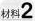
材料2